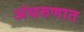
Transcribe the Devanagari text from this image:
अंथरुणात